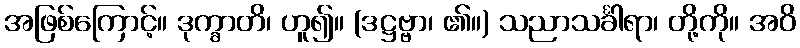
အဖြစ်ကြောင့်။ ဒုက္ခာတိ၊ ဟူ၍။ (ဒဋ္ဌဗ္ဗာ၊ ၏။) သညာသင်္ခါရာ၊ တို့ကို။ အဝိ